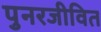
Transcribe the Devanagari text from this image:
पुनरजीवित